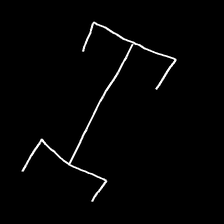
Glyph: entwine